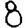
Digit: 8